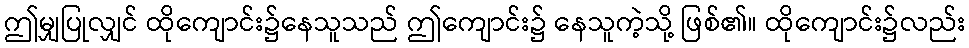
ဤမျှပြုလျှင် ထိုကျောင်း၌နေသူသည် ဤကျောင်း၌ နေသူကဲ့သို့ ဖြစ်၏။ ထိုကျောင်း၌လည်း